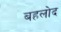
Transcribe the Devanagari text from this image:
बहलोद